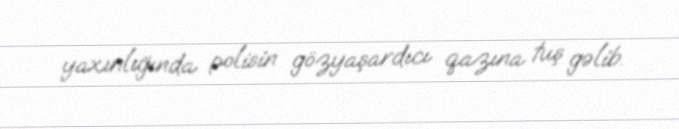
yaxınlığında polisin gözyaşardıcı qazına tuş gəlib.